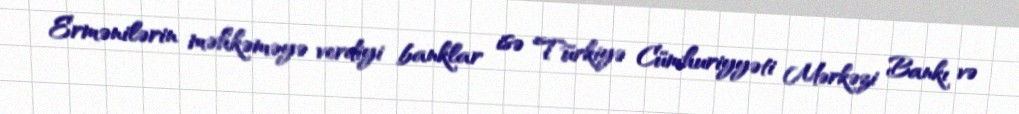
Ermənilərin məhkəməyə verdiyi banklar isə Türkiyə Cümhuriyyəti Mərkəzi Bankı və